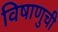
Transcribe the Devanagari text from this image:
विषाणुची